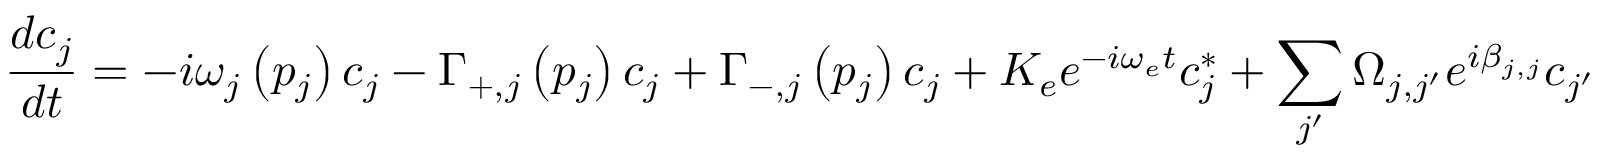
\frac { d c _ { j } } { d t } = - i \omega _ { j } \left( p _ { j } \right) c _ { j } - \Gamma _ { + , j } \left( p _ { j } \right) c _ { j } + \Gamma _ { - , j } \left( p _ { j } \right) c _ { j } + K _ { e } e ^ { - i \omega _ { e } t } c _ { j } ^ { * } + \sum _ { j ^ { \prime } } \Omega _ { j , j ^ { \prime } } e ^ { i \beta _ { j , j } } c _ { j ^ { \prime } }